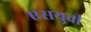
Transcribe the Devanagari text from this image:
एसयुवी